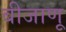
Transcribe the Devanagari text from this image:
बीजाणू